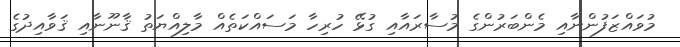
މުވައްޒަފުންނާއި މެންބަރުންގެ މުސާރައާއި ގުޅޭ ހުރިހާ މަސައްކަތެއް މާލިއްޔަތު ޤާނޫނާއި ޤަވާއިދުގެ